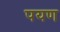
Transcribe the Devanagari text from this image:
पयण